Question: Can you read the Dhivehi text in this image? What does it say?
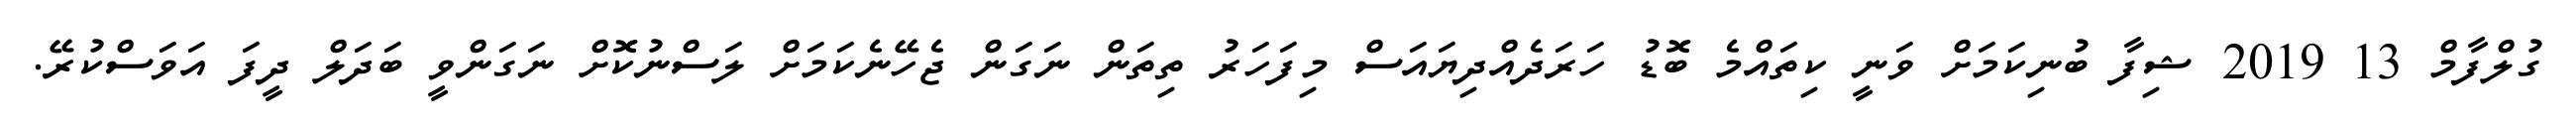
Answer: ގުލްފާމް 13 2019 ޝިފާ ބުނިކަމަށް ވަނީ ކިތައްމެ ބޮޑު ހަރަދެއްދިޔައަސް މިފަހަރު ތިތަން ނަގަން ޖެހޭނެކަމަށް ލަސްނުކޮށް ނަގަންވީ ބަދަލް ދީފަ އަވަސްކުރޭ.